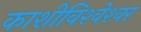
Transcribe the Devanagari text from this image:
काशीविश्‍वेश्‍वर